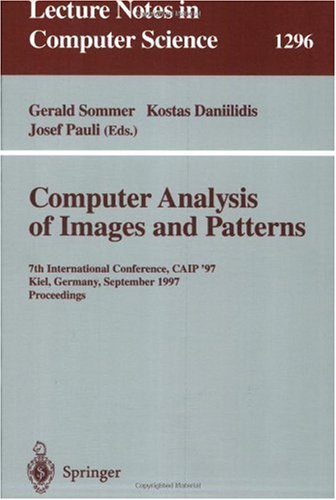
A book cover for Computer Analysis of Images and Patterns: 7th International Conference, CAIP '97, Kiel, Germany, September 10-12, 1997. Proceedings. (Lecture Notes in Computer Science); Computers & Technology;